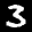
Label: 3